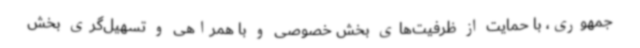
جمهوری، با حمایت از ظرفیت‌های بخش خصوصی و با همراهی و تسهیل‌گری بخش‌